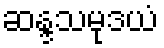
ဆန္ဒသမုဒယံ